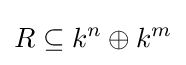
R\subseteq k^{n}\oplus k^{m}